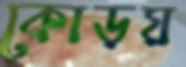
কোড়য়